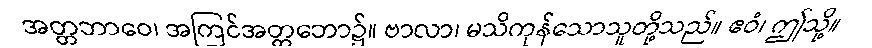
အတ္တဘာဝေ၊ အကြင်အတ္တဘော၌။ ဗာလာ၊ မသိကုန်သောသူတို့သည်။ ဧဝံ၊ ဤသို့။